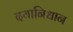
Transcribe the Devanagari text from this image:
दयानिधान